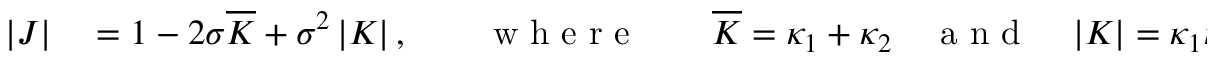
\begin{array} { r l } { | J | } & { { } = 1 - 2 \sigma \overline { { K } } + \sigma ^ { 2 } \left| K \right| , \qquad \mathrm { ~ w ~ h ~ e ~ r ~ e ~ } \qquad \overline { { K } } = \kappa _ { 1 } + \kappa _ { 2 } \quad \mathrm { ~ a ~ n ~ d ~ } \quad \left| K \right| = \kappa _ { 1 } \kappa _ { 2 } . } \end{array}